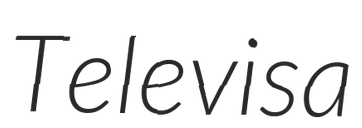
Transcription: Televisa